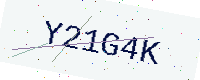
Text: Y21G4K